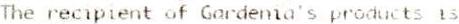
THE RECIPIENT OF GARDENIA'S PRODUCTS IS